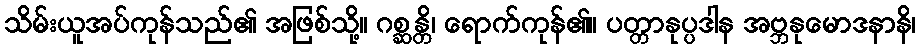
သိမ်းယူအပ်ကုန်သည်၏ အဖြစ်သို့။ ဂစ္ဆန္တိ၊ ရောက်ကုန်၏။ ပတ္တာနုပ္ပဒါန အဗ္ဘနုမောဒနာနိ၊